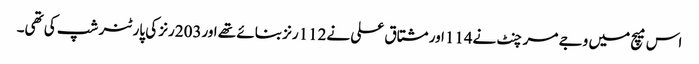
اس میچ میں وجے مرچنٹ نے114اور مشتاق علی نے112رنز بنائے تھے اور203رنز کی پارٹنر شپ کی تھی۔